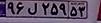
۹۶ل۲۵۹۵۳